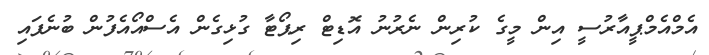
އެމްއެމްޕީއާރުސީ އިން މީގެ ކުރިން ނެރުނު އޮޑިޓް ރިޕޯޓާ ގުޅިގެން އެސްއޯއެފުން ބުނެފައި